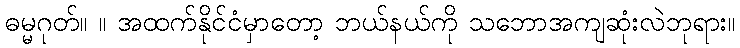
ဓမ္မဂုတ်။ ။ အထက်နိုင်ငံမှာတော့ ဘယ်နယ်ကို သဘောအကျဆုံးလဲဘုရား။